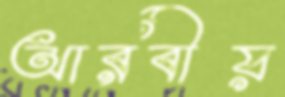
আরবীয়